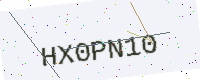
Text: HX0PN10